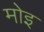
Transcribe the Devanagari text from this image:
मोइ